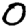
Digit: 0